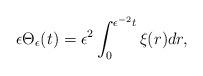
LaTeX: \begin{align*}\begin{aligned}\epsilon \Theta_{\epsilon}(t)=\epsilon^{2}\int^{\epsilon^{-2}t}_{0}\xi(r)dr,\end{aligned}\end{align*}